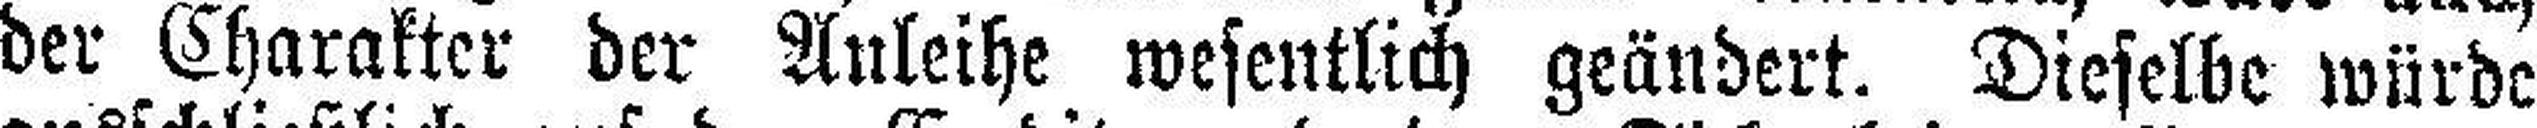
der Charakter der Anleihe wesentlich geändert. Dieselbe würde